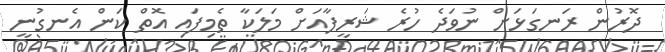
ދޮރުން ރަނގަޅަށް ނުވަދެ ހުރެ ޝަރީފާއަށް މަލަކާ ތެމިފައި އޮތް ކަން އެނގުނީ